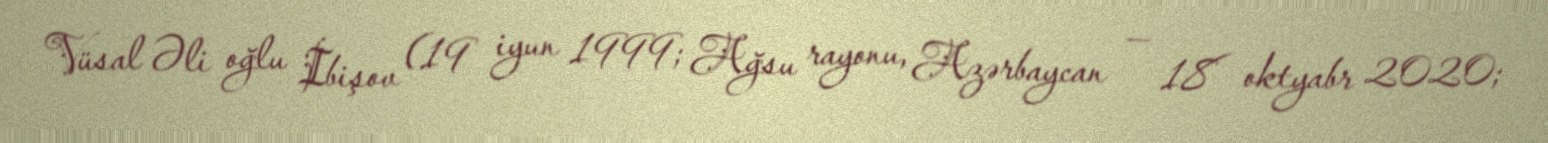
Vüsal Əli oğlu İbişov (19 iyun 1999; Ağsu rayonu, Azərbaycan — 18 oktyabr 2020;